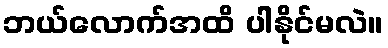
ဘယ်လောက်အထိ ပါနိုင်မလဲ။